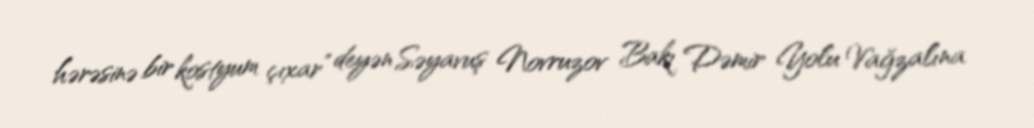
hərəsinə bir kostyum çıxar” deyən Səyavuş Novruzov Bakı Dəmir Yolu Vağzalına